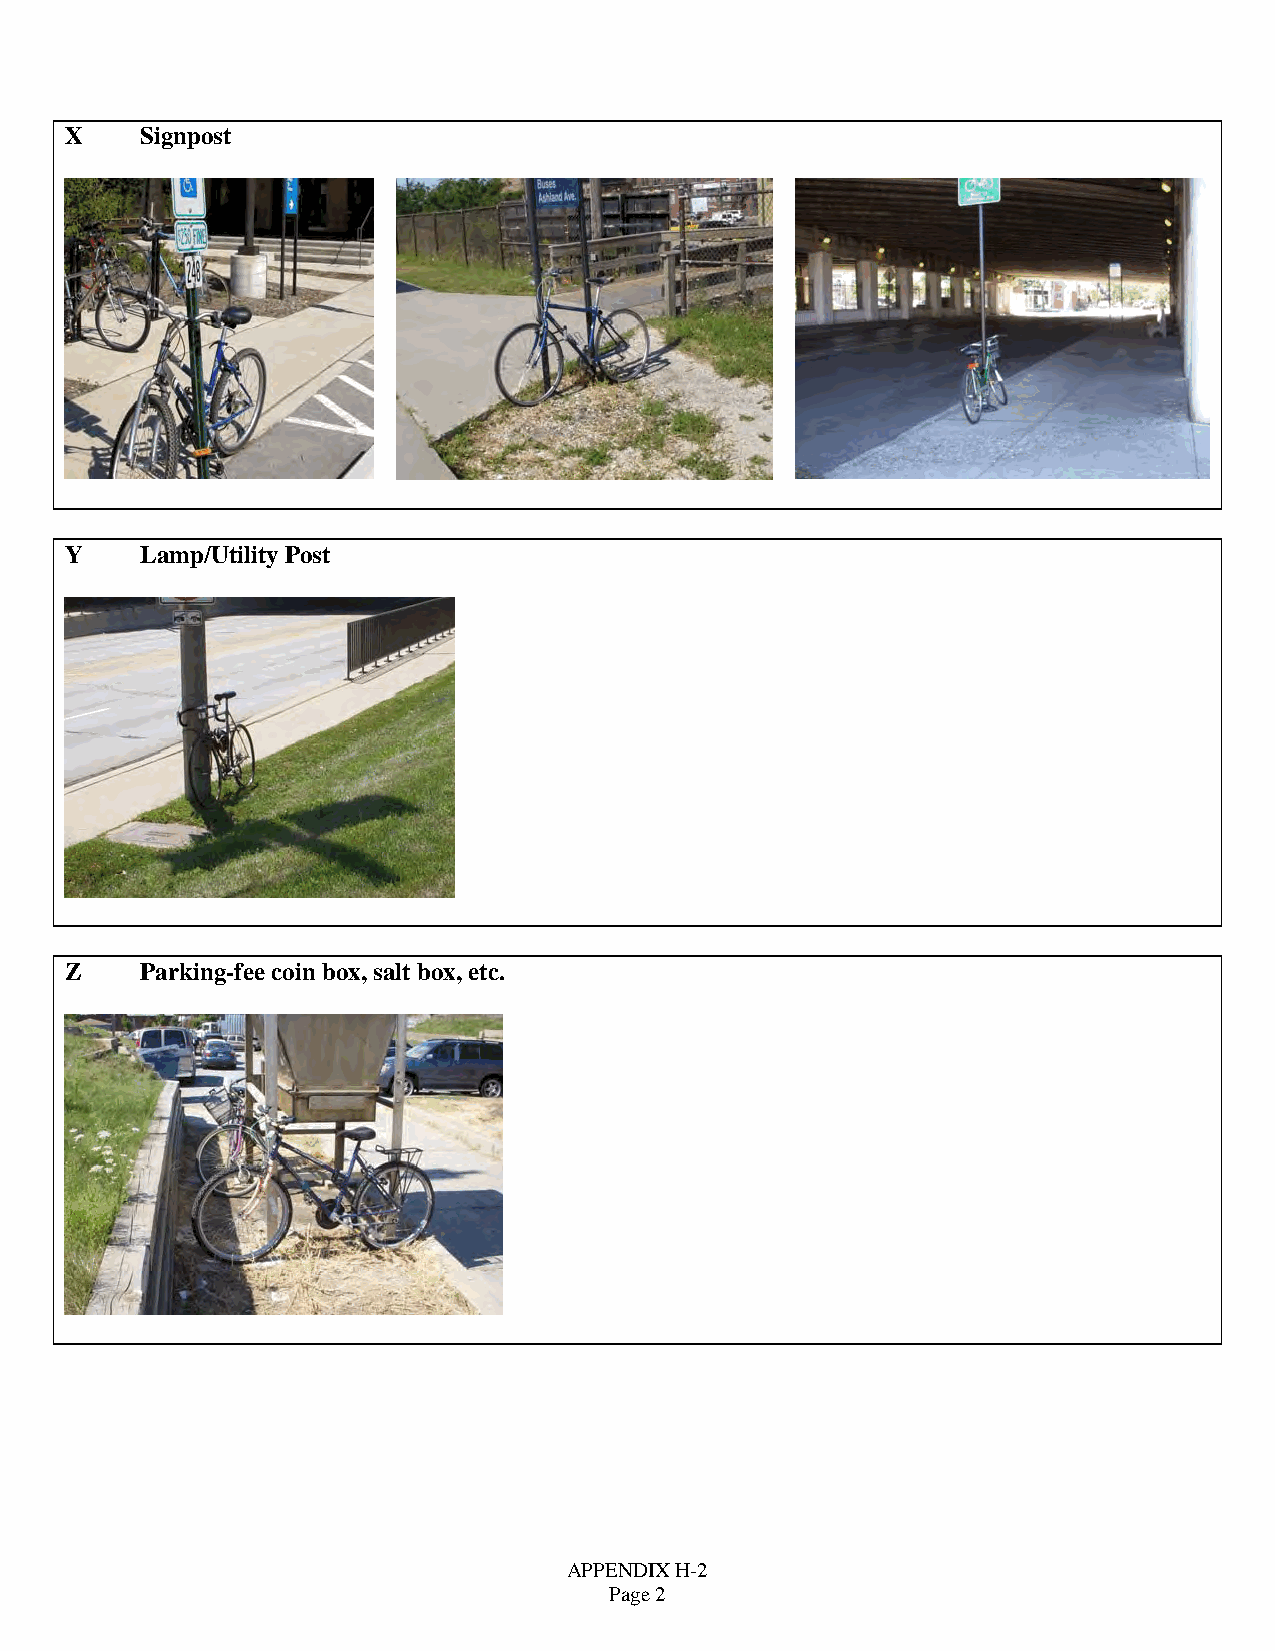
X    Signpost
 Y    Lamp/Utility Post
 Z    Parking-fee coin box, salt box, etc.
 APPENDIX H-2
 Page 2